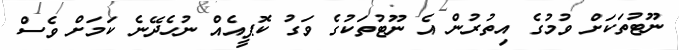
ނޫޓުތަކަށް ވުމުގެ އިތުރުން އެ ނޫޓުތަކުގެ ވަގު ކޮޕީއެއް ނުހެދޭނެ ކަމަށް ވެސް